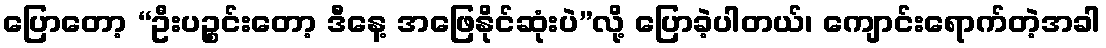
ပြောတော့ “ဦးပဉ္စင်းတော့ ဒီနေ့ အဖြေနိုင်ဆုံးပဲ”လို့ ပြောခဲ့ပါတယ်၊ ကျောင်းရောက်တဲ့အခါ